Report on vaccination in Madras 1877-1894 - 1877-1894
Year: 1877
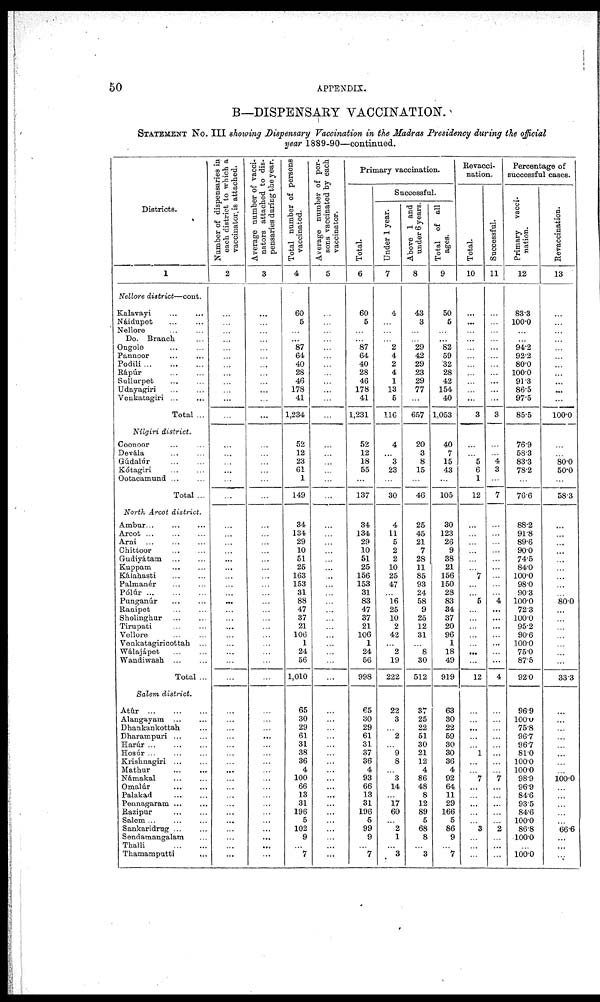
50
APPENDIX.
B—DISPENSARY VACCINATION.
STATEMENT NO. III showing Dispensary Vaccination in the Madras Presidency during the official
year 1889-90—continued.
Districts.
1
Nellore district—cont.
Kalavayi ... ...
Náidupet ... ...
Nellore ... ...
Do. Branch ...
Ongole ... ...
Pannoor ... ...
Podili
...
...
Rápúr ... ...
Sullurpet ... ...
Udayagiri ... ...
Venkatagiri ... ...
Total ...
Nilgiri district.
Coonoor ... ...
Devála ... ...
Gúdalúr ... ...
Kótagiri ... ...
Ootacamund ... ...
Total ...
North Arcot district.
Ambur
...
...
...
Aroot ... ... ...
Arni ... ... ...
Chittoor ... ...
Gudiyátam
...
...
Kuppam
...
...
Kálahasti ... ...
Palmanér ... ...
Pólúr
...
...
...
Punganúr ... ...
Ranipet ... ...
Sholinghur
...
...
Tirupati ... ...
Vellore ... ...
Venkatagiricottah ...
Wálajápet ... ...
Wandiwash ... ...
Total ...
Salem district.
Atúr
...
...
...
Alangayam
...
...
Dhankankottah ...
Dharampuri
...
...
Harúr
...
...
Hosúr
...
...
Krishnagiri ... ...
Mathur
...
...
Námakal
...
...
Omalúr
...
...
Palakad
...
...
Pennagaram ... ...
Razipar
...
...
Salem
...
...
Sankaridrug ... ...
Sendamangalam ...
Thalli
...
...
Thamamputti ...
Number of dispensaries in
each district to which a
vaccinator, is attached.
2
...
...
...
...
...
...
...
...
...
...
...
...
...
...
...
...
...
...
...
...
...
...
...
...
...
...
...
...
...
...
...
...
...
...
...
...
...
...
...
...
...
...
...
...
...
...
...
...
...
...
...
...
...
...
Average number of vacci-
nators attaohed to dis-
pensaries during the year.
3
...
...
...
...
...
...
...
...
...
...
...
...
...
...
...
...
...
...
...
...
...
...
...
...
...
...
...
...
...
...
...
...
...
...
...
...
...
...
...
...
...
...
...
...
...
...
...
...
...
...
...
...
...
...
Total number of persons
vaccinated.
4
60
5
...
...
87
64
40
28
46
178
41
1,234
52
12
23
61
1
149
34
134
29
10
51
25
163
153
31
88
47
37
21
106
1
24
56
1,010
65
30
29
61
31
38
36
4
100
66
13
31
196
5
102
9
...
7
Average number of per-
sons vaccinated by each
vaccinator.
5
...
...
...
...
...
...
...
...
...
...
...
...
...
...
...
...
...
...
...
...
...
...
...
...
...
...
...
...
...
...
...
...
...
...
...
...
...
...
...
...
...
...
...
...
...
...
...
...
...
...
...
...
...
...
Primary vaccination.
Total.
6
60
5
...
...
87
64
40
28
46
178
41
1,231
52
12
18
55
...
137
34
134
29
10
51
25
156
153
31
83
47
37
21
106
1
24
56
998
65
30
29
61
31
37
36
4
93
66
13
31
196
5
99
9
...
7
Successful.
Under 1 year.
7
4
...
...
...
2
4
2
4
1
13
5
116
4
...
3
23
...
30
4
11
5
2
2
10
25
47
...
16
25
10
2
42
...
2
19
222
22
3
...
2
... 9
8
...
3
14
...
17
60
...
2
1
... 3
Above 1 and
under 6 years.
8
43
3
...
... - 29
42
29
23
29
77
...
657
20
3
8
15
...
46
25
45
21
7
28
11
85
93
24
58
9
25
12
31
...
8
30
512
37
25
22
51
30
21
12
4
86
48
8
12
89
5
68
8
... 3
Total of all
ages.
9
50
5
...
...
82
59
32
28
42
154
40
1,053
40
7
15
43
105
30
123
26
9
38
21
156
150
28
83
34
37
20
96
1
18
49
919
63
30
22
59
30
30
36
4
92
64
11
29
166
5
86
9
...
7
Revacci-
nation.
Total.
10
...
...
...
...
...
...
...
...
...
...
...
3
...
...
5
6
1
12
...
...
...
...
...
...
7
...
...
5
...
...
...
...
...
...
...
12
...
...
...
...
... 1
...
...
7
...
...
...
...
...
3
...
...
...
Successful.
11
...
...
...
...
...
...
...
...
...
...
...
3
...
...
4
3
...
7
...
...
...
...
...
...
...
...
...
4
...
...
...
...
...
...
...
4
...
...
...
...
...
...
...
...
7
...
...
...
...
...
2
...
...
...
Percentage of
successful cases.
Primary vacci-
nation.
12
83.3
100.0
...
...
94.2
92.2
80.0
100.0
91.3
86.5
97.5
85.5
76.9
58.3
83.3
78.2
...
76.6
88.2
91.8
89.6
90.0
74.5
84.0
100.0
98.0
90.3
100.0
72.3
100.0
95.2
90.6
100.0
75.0
87.5
92.0
96.9
100.0
75.8
96.7
96.7
81.0
100.0
100.0
98.9
96.9
84.6
93.5
84.6
100.0
86.8
100.0
... 100.0
Revaccination.
13
...
...
...
...
...
...
...
...
...
...
...
100.0
...
...
80.0
50.0
...
58.3
...
...
...
...
...
...
...
...
...
80.0
...
...
...
...
...
...
...
33.3
...
...
...
...
...
...
...
...
100.0
...
...
...
...
...
66.6
...
...
...